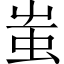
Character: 蚩